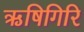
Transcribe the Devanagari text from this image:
ऋषिगिरि